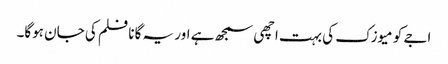
اجے کو میوزک کی بہت اچھی سمجھ ہے اور یہ گانا فلم کی جان ہوگا۔